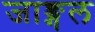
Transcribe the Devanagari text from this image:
जाङ्गल